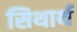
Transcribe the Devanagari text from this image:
सिथार्थ